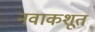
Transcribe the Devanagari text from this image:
नवाकशूत